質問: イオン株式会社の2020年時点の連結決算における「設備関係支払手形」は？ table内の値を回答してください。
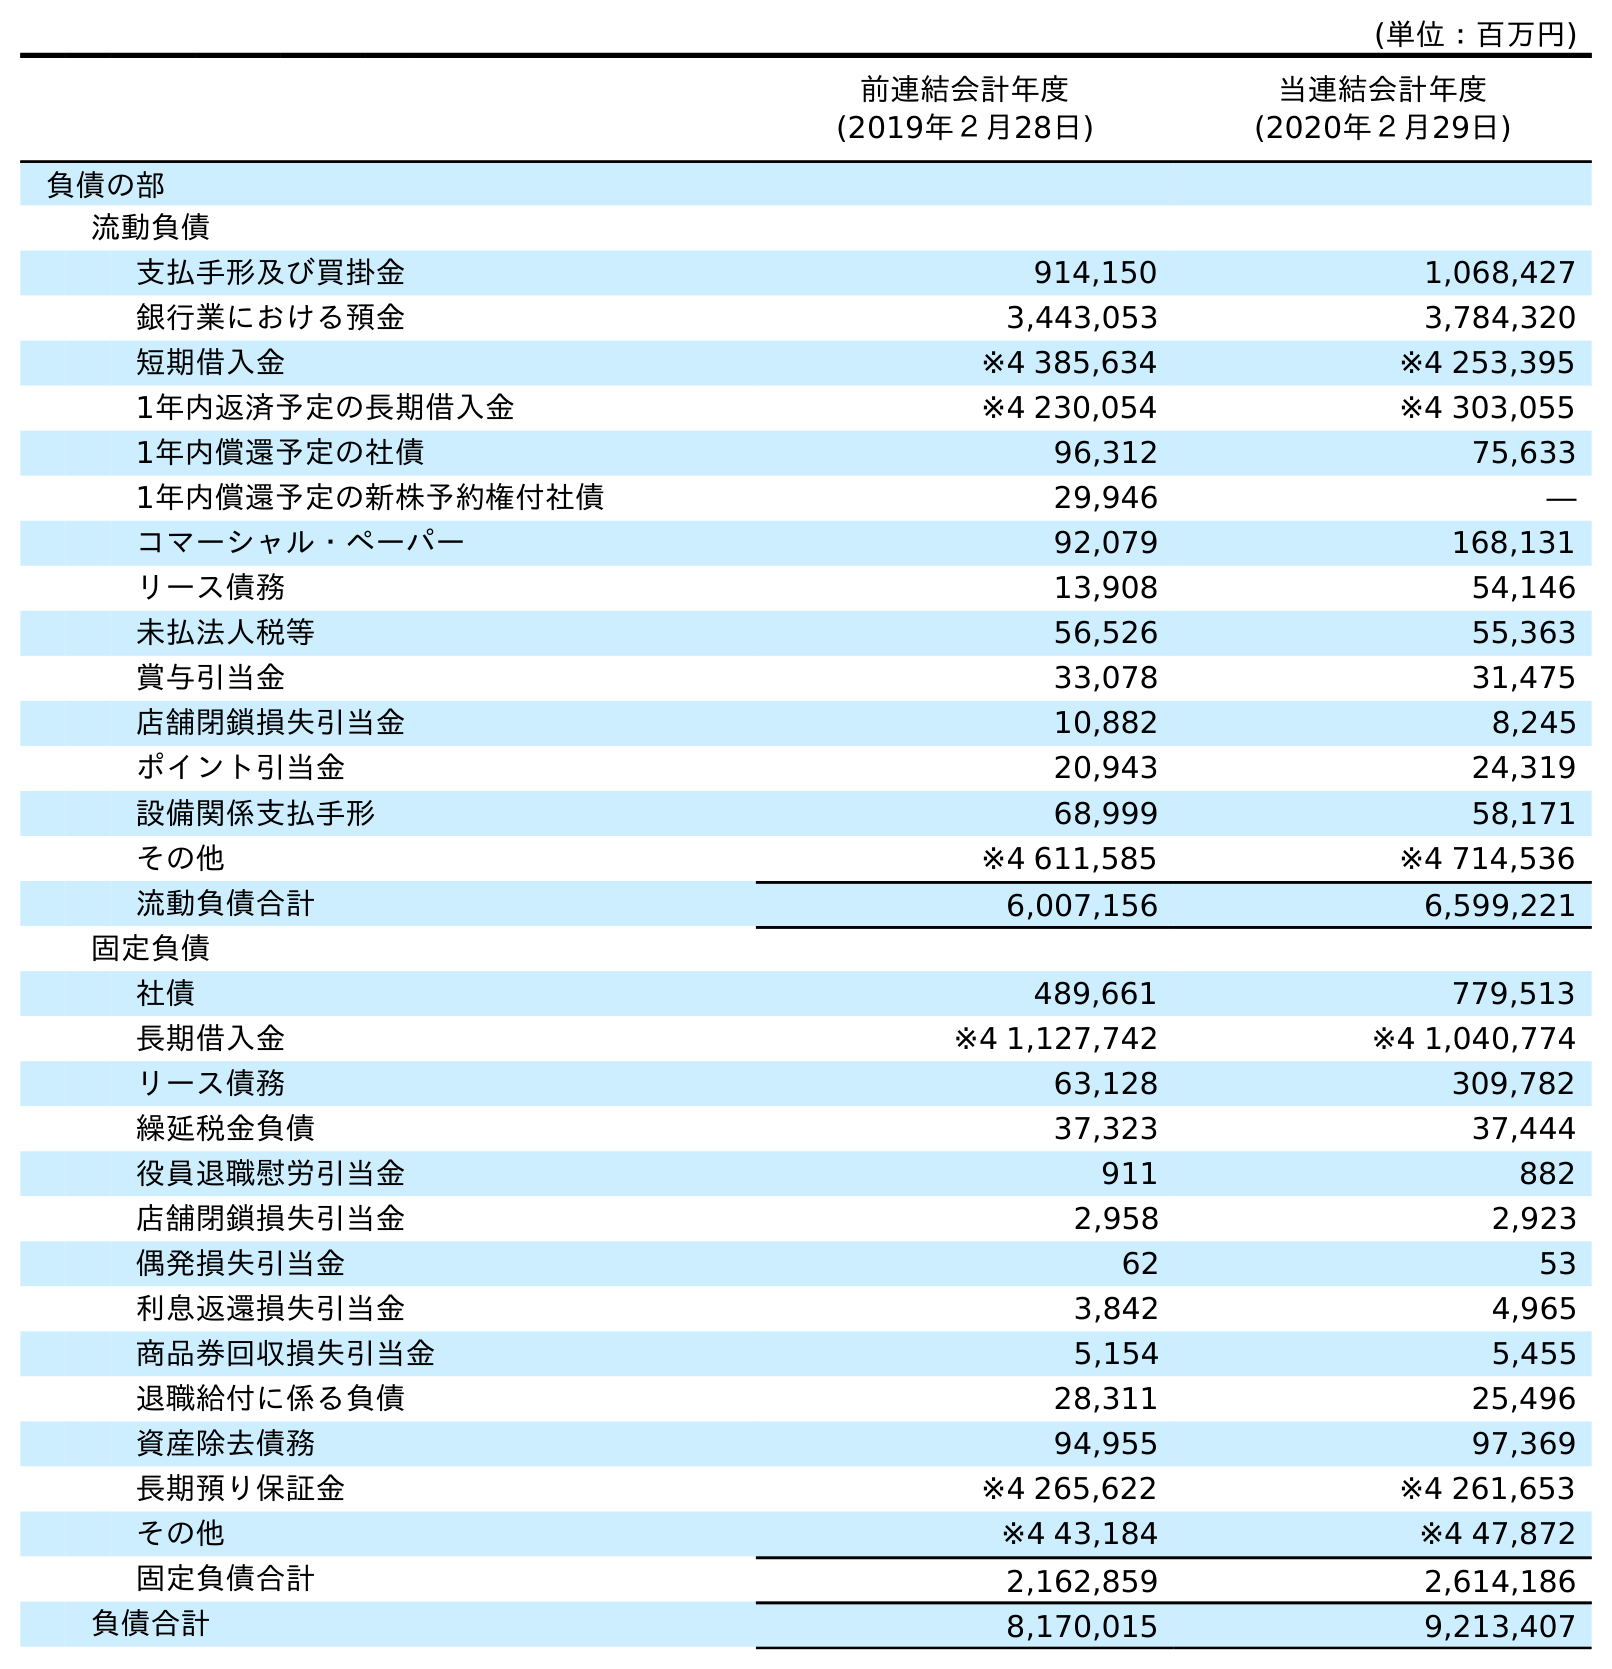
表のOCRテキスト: (単位：百万円) 前連結会計年度 (2019年２月28日) 当連結会計年度 (2020年２月29日) 負債の部 流動負債 支払手形及び買掛金 914,150 1,068,427 銀行業における預金 3,443,053 3,784,320 短期借入金 ※4 385,634 ※4 253,395 1年内返済予定の長期借入金 ※4 230,054 ※4 303,055 1年内償還予定の社債 96,312 75,633 1年内償還予定の新株予約権付社債 29,946 ― コマーシャル・ペーパー 92,079 168,131 リース債務 13,908 54,146 未払法人税等 56,526 55,363 賞与引当金 33,078 31,475 店舗閉鎖損失引当金 10,882 8,245 ポイント引当金 20,943 24,319 設備関係支払手形 68,999 58,171 その他 ※4 611,585 ※4 714,536 流動負債合計 6,007,156 6,599,221 固定負債 社債 489,661 779,513 長期借入金 ※4 1,127,742 ※4 1,040,774 リース債務 63,128 309,782 繰延税金負債 37,323 37,444 役員退職慰労引当金 911 882 店舗閉鎖損失引当金 2,958 2,923 偶発損失引当金 62 53 利息返還損失引当金 3,842 4,965 商品券回収損失引当金 5,154 5,455 退職給付に係る負債 28,311 25,496 資産除去債務 94,955 97,369 長期預り保証金 ※4 265,622 ※4 261,653 その他 ※4 43,184 ※4 47,872 固定負債合計 2,162,859 2,614,186 負債合計 8,170,015 9,213,407
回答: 58,171